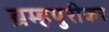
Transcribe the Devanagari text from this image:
ब्रम्हपुरीकर